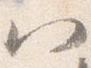
八